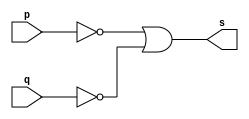
// -------------------------
// Exercicio04 - NAND
// Nome: damo Ludwig
// -------------------------
// -------------------------
// -- nand gate
// -------------------------
module nandgate (output s,input  p, input q);
assign s = (~p|~q);
endmodule // nandgate
// -------------------------
// -- test nand gate
// -------------------------
module testnandgate;
// ------------------------- dados locais
   reg    a, b;   // definir registradores
                 // (variavel independente)
   wire   s;   // definir conexao (fio)
                 // (variavel dependente  )
// ------------------------- instancia
   nandgate NAND1 (s, a, b);
// ------------------------- preparacao
   initial begin:start
      a=0; b=0;     // valor inicial //syntax error Syntax in assignment statement 1-value (havia colocado , no lugar do ;)
   end
   // ------------------------- parte principal
   initial begin
         $display("Exercicio04 - Adamo Ludwig - 473319");
         $display("Test nand gate");
$display("\na & b = ~s\n");
           a=0 ; b=0 ;
  #1   $display("%b & %b = %b", a, b, s);
           a=0; b=1;
  #1   $display("%b & %b = %b", a, b, s);
             a=1; b=0;
  #1   $display("%b & %b = %b", a, b, s);
             a=1; b=1;
  #1   $display("%b & %b = %b", a, b, s);
   end
endmodule // testnandgate